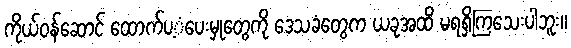
ကိုယ်ဝန်ဆောင် ထောက်ပ့ံပေးမှုတွေကို ဒေသခံတွေက ယခုအထိ မရရှိကြသေးပါဘူး။